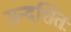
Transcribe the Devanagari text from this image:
सन्दर्शितः